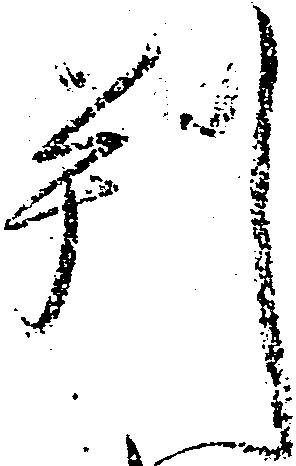
判